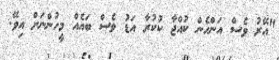
"އޭރު ވެސް އަންހެން ކުއްޖާ ކުކުރާ އަޑު ވެސް ބައެއް މީހުންނަށް އިވޭ.